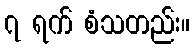
၇ ရက် စံသတည်း။